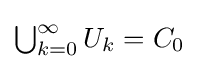
{\textstyle \bigcup _{k=0}^{\infty }U_{k}}=C_{0}